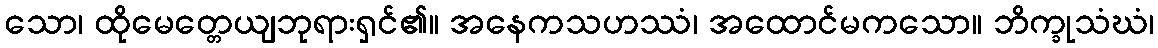
သော၊ ထိုမေတ္တေယျဘုရားရှင်၏။ အနေကသဟဿံ၊ အထောင်မကသော။ ဘိက္ခုသံဃံ၊